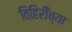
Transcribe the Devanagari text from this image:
विहिरीँच्या